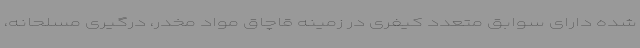
شده دارای سوابق متعدد کیفری در زمینه قاچاق مواد مخدر، درگیری مسلحانه،